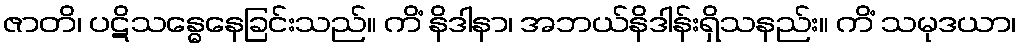
ဇာတိ၊ ပဋိသန္ဓေနေခြင်းသည်။ ကိံ နိဒါနာ၊ အဘယ်နိဒါန်းရှိသနည်း။ ကိံ သမုဒယာ၊